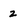
Character: z